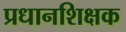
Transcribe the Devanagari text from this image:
प्रधानशिक्षक